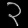
Digit: ၃